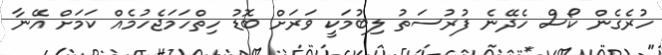
ހުރެގެން ކޯސް ހެދޭނެ ފުރުސަތު ލިބުމަކީ ވަރަށް ބޮޑު ހިތްހަމަޖެހުމެއް ކަމަށް އޭނާ